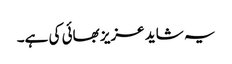
یہ شاید عزیز بھائی کی ہے۔